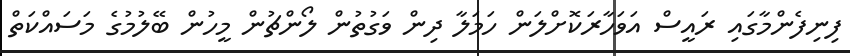
ފިނިފެންމާގައި ރައީސް އަވަހާރަކޮށްލަން ހަމަލާ ދިން ވަގުތުން ލޯންޗުން މީހުން ބޭލުމުގެ މަސައްކަތް